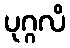
ပုဂ္ဂလိ